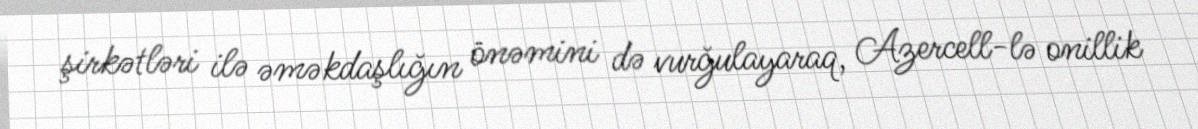
şirkətləri ilə əməkdaşlığın önəmini də vurğulayaraq, Azercell-lə onillik